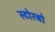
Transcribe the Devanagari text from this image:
स्टोरबो